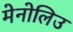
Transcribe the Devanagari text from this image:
मेनोलिउ